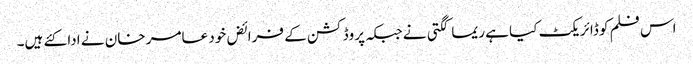
اس فلم کو ڈائریکٹ کیا ہے ریما کگتی نے جبکہ پروڈکشن کے فرائض خود عامر خان نے ادا کئے ہیں۔